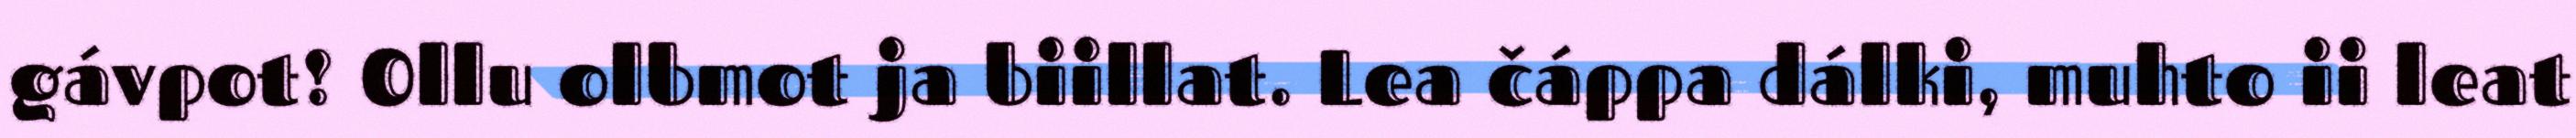
gávpot! Ollu olbmot ja biillat. Lea čáppa dálki, muhto ii leat